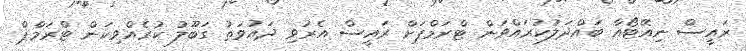
ރައީސް ނިއޭޓޯއާ ބައްދަލުކުރައްވަން ޓްރަމްޕަށް ރައީސް އެރުވި ދައުވަތު ގަބޫލު ކުރެއްވިކަން ޓްރަމްޕް